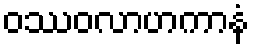
ဝဿဝလာဟကာနံ